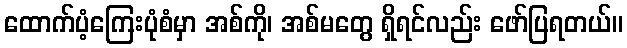
ထောက်ပံ့ကြေးပုံစံမှာ အစ်ကို၊ အစ်မတွေ ရှိရင်လည်း ဖော်ပြရတယ်။